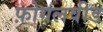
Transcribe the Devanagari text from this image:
फ़ोगलवीड